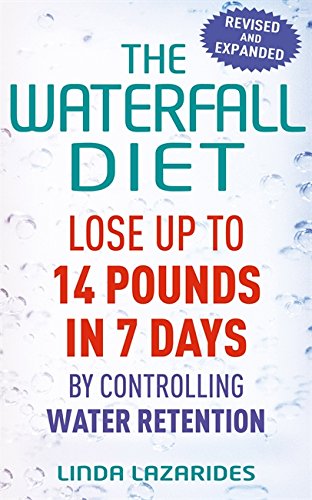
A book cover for The Waterfall Diet: Lose Up to 14 Pounds in 7 Days by Controlling Water Retention; Linda Lazarides; Health, Fitness & Dieting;